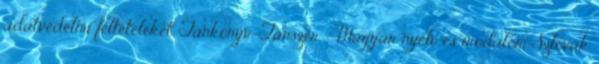
adatvédelmi feltételeket. Tankönyv-Tanszer - Magyar nyelv és irodalom Szlovák